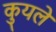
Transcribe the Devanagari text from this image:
कुयले